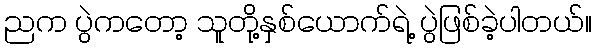
ညက ပွဲကတော့ သူတို့နှစ်ယောက်ရဲ့ ပွဲဖြစ်ခဲ့ပါတယ်။